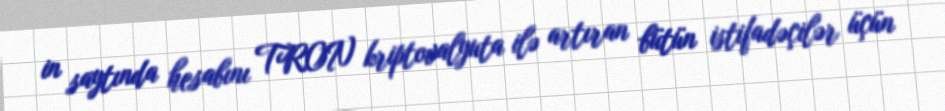
in saytında hesabını TRON kriptovalyuta ilə artıran bütün istifadəçilər üçün